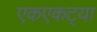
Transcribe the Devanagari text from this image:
एकएकट्या